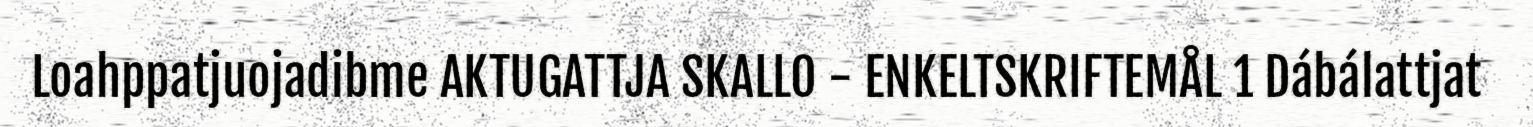
Loahppatjuojadibme AKTUGATTJA SKALLO - ENKELTSKRIFTEMÅL 1 Dábálattjat